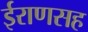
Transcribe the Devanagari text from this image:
ईराणसह